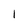
Character: 1